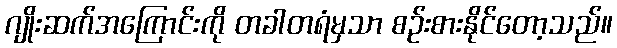
ဂျိုးဆက်အကြောင်းကို တခါတရံမှသာ စဉ်းစားနိုင်တော့သည်။